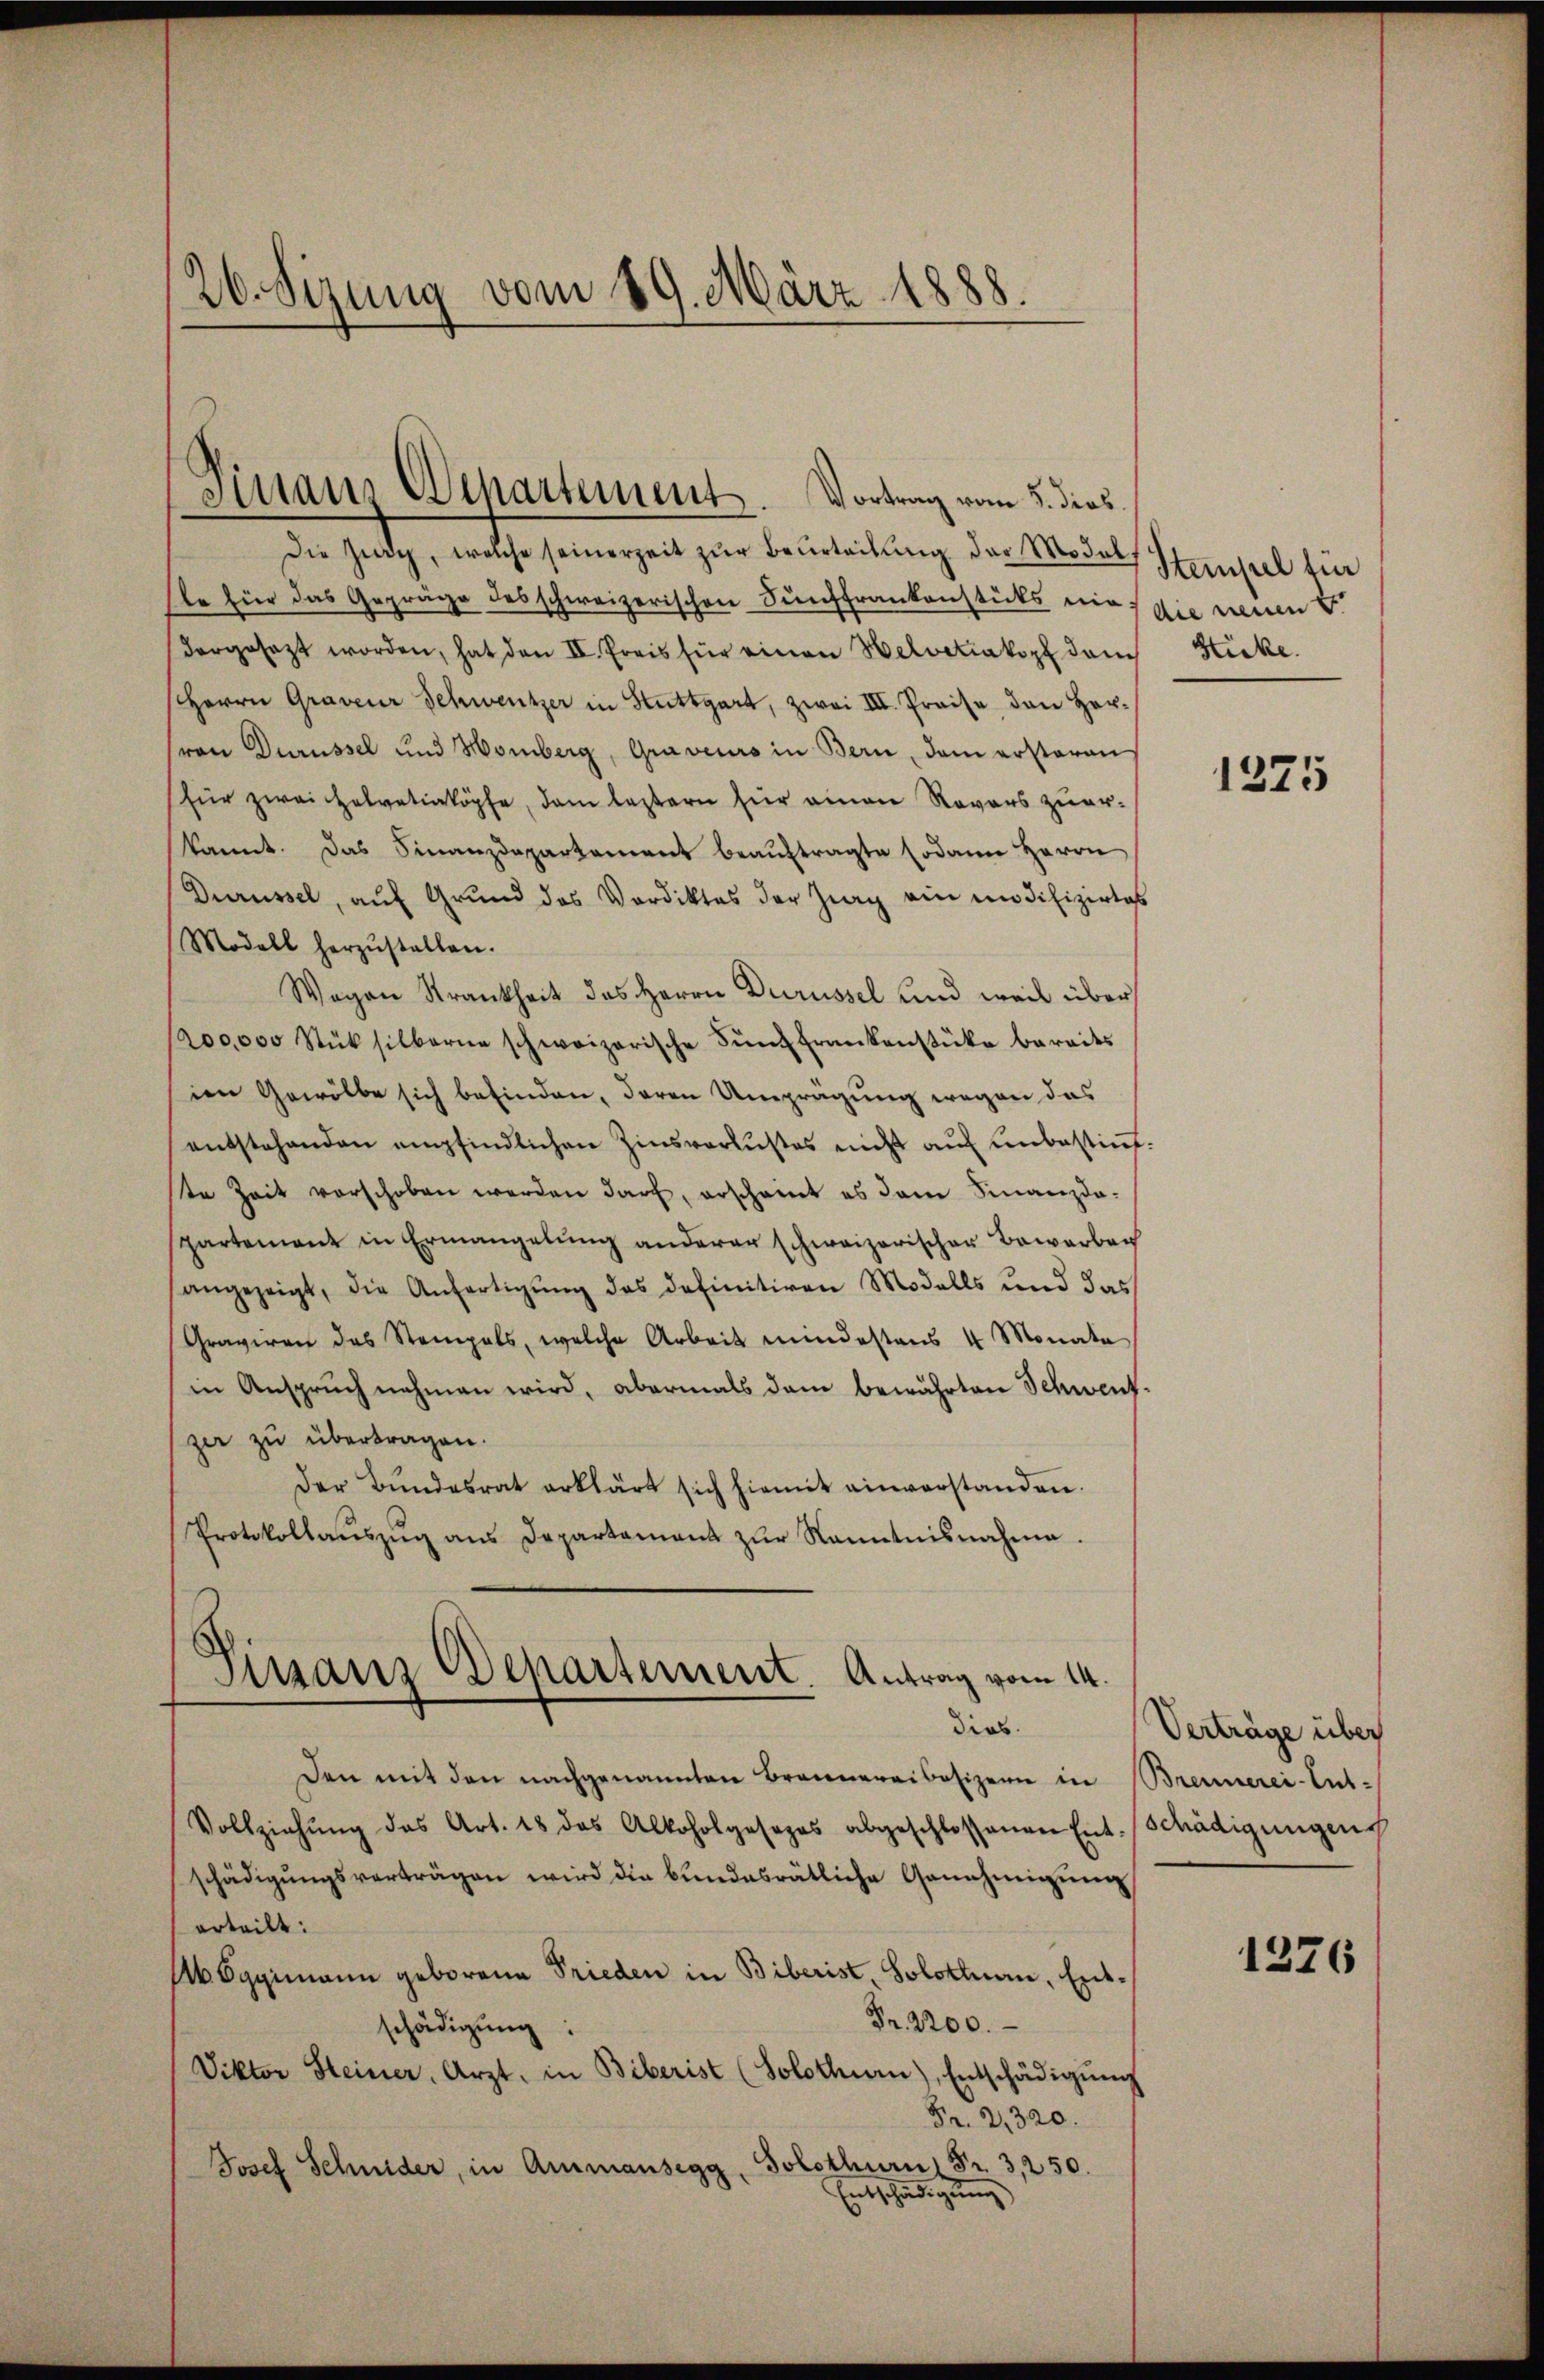
26. Sizung vom 19. März 1888.

Die Zug, welche seinerzeit zur Beurteilung der Models Stempel für
Ele für das Gepräge des schweizerischen Sunffrankenstücks nie die neuen
dergesezt worden, hat den II. Preis für einen Helvetiakopf dem Sticke.
Herrn Graveur Schweitzer in Stuttgart, zwai III. Preise den Hersron Durüssel und Homberg, Graveurs in Bern, dem erstäran
für zwei Helvetiaköpfe, dem leztern für einen Rovers zuerkannt. Das Finanzdepartament beauftragte sodann Herrn
Durüssel, auf Grund des Verdiktes der Zug ein in difizirtes
Modell herzŭstellen.
Wagen Strankheit des Herrn Durüssel und weil über
(200,000 Stück silberne schweizerische Fŭnd Frankenstüke bereits
ien Gewölbe sich befinden, deren Umprägung wegen das
entstehenden empfindlichen Zinsverlustes nicht auf unbestimmt.
ste Zeit verschoben werden darf, erscheint es dem Finanzda-
spartement in Ermangelung anderer schweizerischer Bewerben
angezeigt, die Anfertigung des definitiven Modalls und das
Graviren das Stempels, welche Arbeit mindestens 4 Monata
in Anspruch nehmen wird, abermals dem bewährten Schwent-
zer zu übertragen.
Der Bŭndesrat erklärt sich hiemit einverstanden.
Protokollaŭszŭg ans Departamens zŭr Kenntnisnahme.
Sinanz-Departement. Antrag vom 14.
dias.
den mit den nachgenannten Brennereibesizern in Brennerei-Ent-
Vollziehŭng des Art. 18 das Alkoholgesezes abgeschlossenen Entschädigungen
schädigŭngsverträgen wird die bŭndesrätliche Genehmigŭng
erteilt:
Abbggimann geborene Frieden in Biberist, Solothurn, Ent¬
Fr. 2200.
schädigung:
Viktor Steiner, Arzt, in Biberist (Solothurn), Entschädigŭng
Fr. 21320.
Josef Schnider, in Ammansegg, Solothurn Fr. 3, 250.
Entschädigung

Finanz Departement. Vortrag vom 3. dies

1325

Verträge über

1276